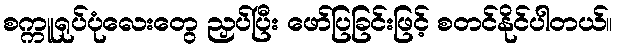
စက္ကူရုပ်ပုံလေးတွေ ညှပ်ပြီး ဖော်ပြခြင်းဖြင့် စတင်နိုင်ပါတယ်။